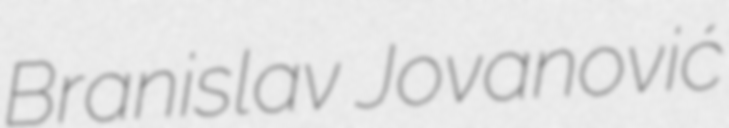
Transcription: Branislav Jovanović